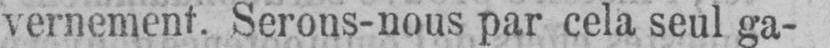
vernement. Serons-nous par cela seul ga-